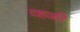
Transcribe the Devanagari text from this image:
व्हळी